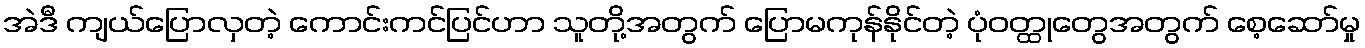
အဲဒီ ကျယ်ပြောလှတဲ့ ကောင်းကင်ပြင်ဟာ သူတို့အတွက် ပြောမကုန်နိုင်တဲ့ ပုံဝတ္ထုတွေအတွက် စေ့ဆော်မှု